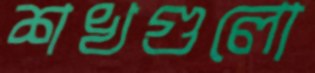
শখগুলো